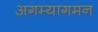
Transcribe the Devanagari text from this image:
अगम्यागमन